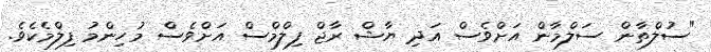
"ސުލްތާން ސަލްމާން އަށްވެސް އަދި ޔާޝް ރާޖް ފިލްމްސް އަށްވެސް މުހިންމު ފިލްމެކެވެ.